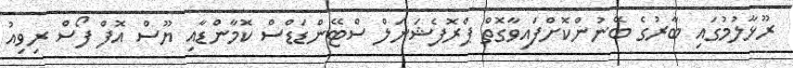
ރޫޅާލުމުގައި ބާރުގެ ބޭނުންކޮށްފައިވާގޮތް ޕްރޮފެޝަނަލް ސްޓޭންޑަޑްސް ކޮމާންޑާއި ޔޫސް އޮފް ފޯސް ރިވިއު